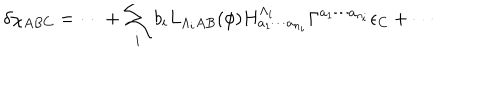
\delta \chi _ { A B C } = \cdots + \sum _ { i } b _ { i } L _ { \Lambda _ { i } A B } ( \phi ) H _ { a _ { 1 } \cdots a _ { n _ { i } } } ^ { \Lambda _ { i } } \Gamma ^ { a _ { 1 } \cdots a _ { n _ { i } } } \epsilon _ { C } + \cdots